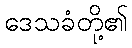
ဒေသခံတို့၏